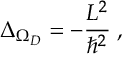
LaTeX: \Delta _ { \Omega _ { { D } } } = - \frac { L ^ { 2 } } { \hbar ^ { 2 } } \; ,